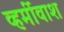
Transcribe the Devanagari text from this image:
व्हर्मीवाश